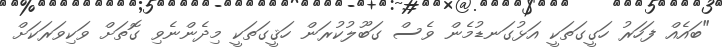
"ބައެއް ފަހަރު ހަގީގަތަކީ އަޅުގަނޑުމެން ވެސް ގަބޫލުކުރަން ހަޤީގަތަކީ މިދެންނެވި ގޮތަށް ވަކިވަރަކަށް